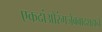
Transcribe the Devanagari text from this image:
एकदांऔरंगजेबबादशहाने